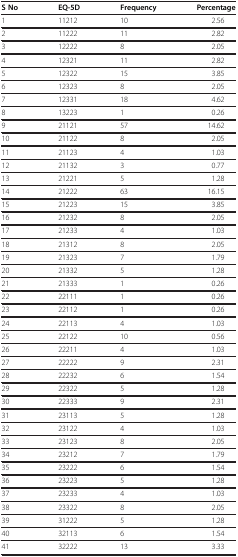
<table><thead><tr><td><b>S No</b></td><td><b>EQ-5D</b></td><td><b>Frequency</b></td><td><b>Percentage</b></td></tr></thead><tbody><tr><td>1</td><td>11212</td><td>10</td><td>2.56</td></tr><tr><td>2</td><td>11222</td><td>11</td><td>2.82</td></tr><tr><td>3</td><td>12222</td><td>8</td><td>2.05</td></tr><tr><td>4</td><td>12321</td><td>11</td><td>2.82</td></tr><tr><td>5</td><td>12322</td><td>15</td><td>3.85</td></tr><tr><td>6</td><td>12323</td><td>8</td><td>2.05</td></tr><tr><td>7</td><td>12331</td><td>18</td><td>4.62</td></tr><tr><td>8</td><td>13223</td><td>1</td><td>0.26</td></tr><tr><td>9</td><td>21121</td><td>57</td><td>14.62</td></tr><tr><td>10</td><td>21122</td><td>8</td><td>2.05</td></tr><tr><td>11</td><td>21123</td><td>4</td><td>1.03</td></tr><tr><td>12</td><td>21132</td><td>3</td><td>0.77</td></tr><tr><td>13</td><td>21221</td><td>5</td><td>1.28</td></tr><tr><td>14</td><td>21222</td><td>63</td><td>16.15</td></tr><tr><td>15</td><td>21223</td><td>15</td><td>3.85</td></tr><tr><td>16</td><td>21232</td><td>8</td><td>2.05</td></tr><tr><td>17</td><td>21233</td><td>4</td><td>1.03</td></tr><tr><td>18</td><td>21312</td><td>8</td><td>2.05</td></tr><tr><td>19</td><td>21323</td><td>7</td><td>1.79</td></tr><tr><td>20</td><td>21332</td><td>5</td><td>1.28</td></tr><tr><td>21</td><td>21333</td><td>1</td><td>0.26</td></tr><tr><td>22</td><td>22111</td><td>1</td><td>0.26</td></tr><tr><td>23</td><td>22112</td><td>1</td><td>0.26</td></tr><tr><td>24</td><td>22113</td><td>4</td><td>1.03</td></tr><tr><td>25</td><td>22122</td><td>10</td><td>0.56</td></tr><tr><td>26</td><td>22211</td><td>4</td><td>1.03</td></tr><tr><td>27</td><td>22222</td><td>9</td><td>2.31</td></tr><tr><td>28</td><td>22232</td><td>6</td><td>1.54</td></tr><tr><td>29</td><td>22322</td><td>5</td><td>1.28</td></tr><tr><td>30</td><td>22333</td><td>9</td><td>2.31</td></tr><tr><td>31</td><td>23113</td><td>5</td><td>1.28</td></tr><tr><td>32</td><td>23122</td><td>4</td><td>1.03</td></tr><tr><td>33</td><td>23123</td><td>8</td><td>2.05</td></tr><tr><td>34</td><td>23212</td><td>7</td><td>1.79</td></tr><tr><td>35</td><td>23222</td><td>6</td><td>1.54</td></tr><tr><td>36</td><td>23223</td><td>5</td><td>1.28</td></tr><tr><td>37</td><td>23233</td><td>4</td><td>1.03</td></tr><tr><td>38</td><td>23322</td><td>8</td><td>2.05</td></tr><tr><td>39</td><td>31222</td><td>5</td><td>1.28</td></tr><tr><td>40</td><td>32113</td><td>6</td><td>1.54</td></tr><tr><td>41</td><td>32222</td><td>13</td><td>3.33</td></tr></tbody></table>